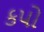
કપો